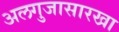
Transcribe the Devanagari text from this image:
अलगुजासारखा